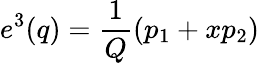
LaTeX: e^{3}(q)={\frac{1}{Q}}(p_{1}+xp_{2})